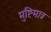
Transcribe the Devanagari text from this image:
मुष्टिमात्र